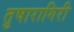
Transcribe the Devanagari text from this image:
तुषारागिरी